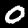
Label: 0